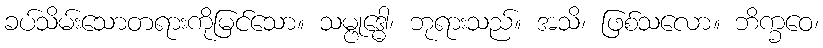
ခပ်သိမ်းသောတရားကိုမြင်သော။ သမ္ဗုဒ္ဓေါ၊ ဘုရားသည်။ အသိ၊ ဖြစ်သလော။ ဘိက္ခဝေ၊